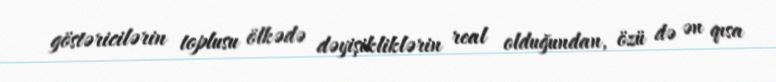
göstəricilərin toplusu ölkədə dəyişikliklərin real olduğundan, özü də ən qısa